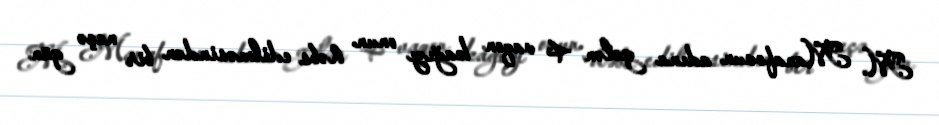
M. Manafovun adına gələn 4 vaqon kağızı onun həbs edilməsindən bir neçə gün